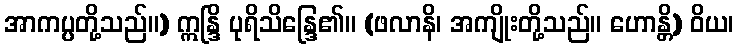
အာကပ္ပတို့သည်။) ဣန္ဒြိ ပုရိသိန္ဒြေ၏။ (ဖလာနိ၊ အကျိုးတို့သည်။ ဟောန္တိ) ဝိယ၊